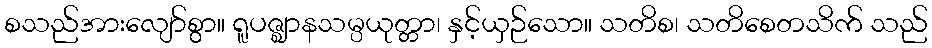
စသည်အားလျော်စွာ။ ရူပဇ္ဈာနသမ္ပယုတ္တာ၊ နှင့်ယှဉ်သော။ သတိစ၊ သတိစေတသိက် သည်